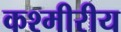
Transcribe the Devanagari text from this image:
कश्मीरीय